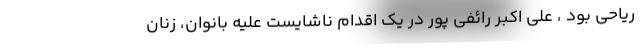
ریاحی بود ، علی اکبر رائفی پور در یک اقدام ناشایست علیه بانوان، زنان